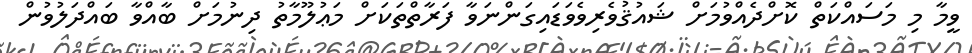
ވީމާ މި މަސައްކަތް ކޮށްދެއްވުމަށް ޝައުޤުވެރިވެވަޑައިގަންނަވާ ފަރާތްތަކަށް މަޢުލޫމާތު ދިނުމަށް ބާއްވާ ބައްދަލުވުން